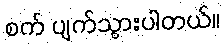
စက် ပျက်သွားပါတယ်။